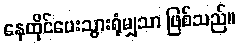
နေထိုင်ပေးသွားရုံမျှသာ ဖြစ်သည်။